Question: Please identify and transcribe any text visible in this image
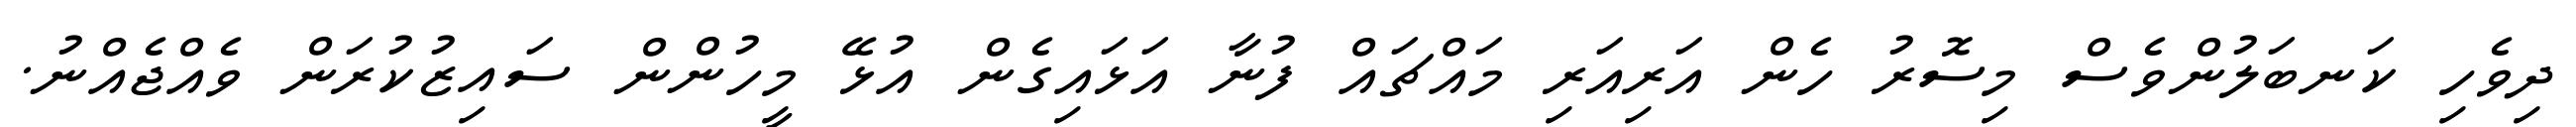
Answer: ދިވެހި ކަނބަލުންވެސް މިސޮރު ހެން އަރިއަރި މައްޗައް ފުނާ އަޅައިގެން އުޅޭ މީހުންން ސައިޒުކުރަން ވެއްޖެއްނު.